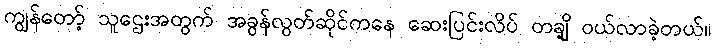
ကျွန်တော့် သူဌေးအတွက် အခွန်လွတ်ဆိုင်ကနေ ဆေးပြင်းလိပ် တချို့ ဝယ်လာခဲ့တယ်။